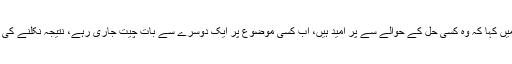
کاؤڈر نے اس تناظر میں کہا کہ وہ کسی حل کے حوالے سے پر امید ہیں، اب کسی موضوع پر ایک دوسرے سے بات چیت جاری رہے، نتیجہ نکلنے کی امید برقرار رہتی ہے۔